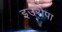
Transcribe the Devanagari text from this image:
इउरोपा